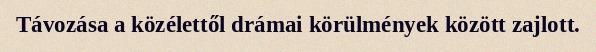
Távozása a közélettől drámai körülmények között zajlott.